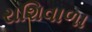
રાશિવાળા